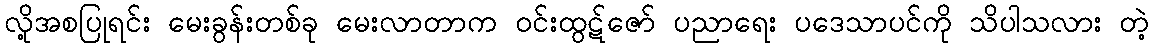
လို့အစပြုရင်း မေးခွန်းတစ်ခု မေးလာတာက ဝင်းထွဋ်ဇော် ပညာရေး ပဒေသာပင်ကို သိပါသလား တဲ့